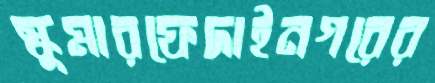
স্কুমারফেদাইনগরের